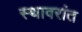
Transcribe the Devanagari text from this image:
स्थावरांत